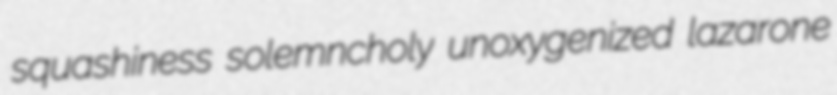
squashiness solemncholy unoxygenized lazarone